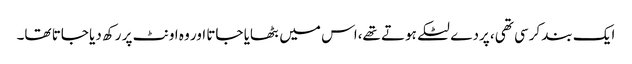
ایک بند کرسی تھی، پردے لٹکے ہوتے تھے،اس میں بٹھایا جاتا اور وہ اونٹ پر رکھ دیا جاتا تھا۔